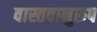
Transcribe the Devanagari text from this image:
वास्तवानुरूप